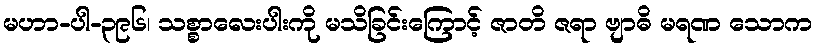
မဟာ-ပါ-၃၉၆၊ သစ္စာလေးပါးကို မသိခြင်းကြောင့် ဇာတိ ဇရာ ဗျာဓိ မရဏ သောက